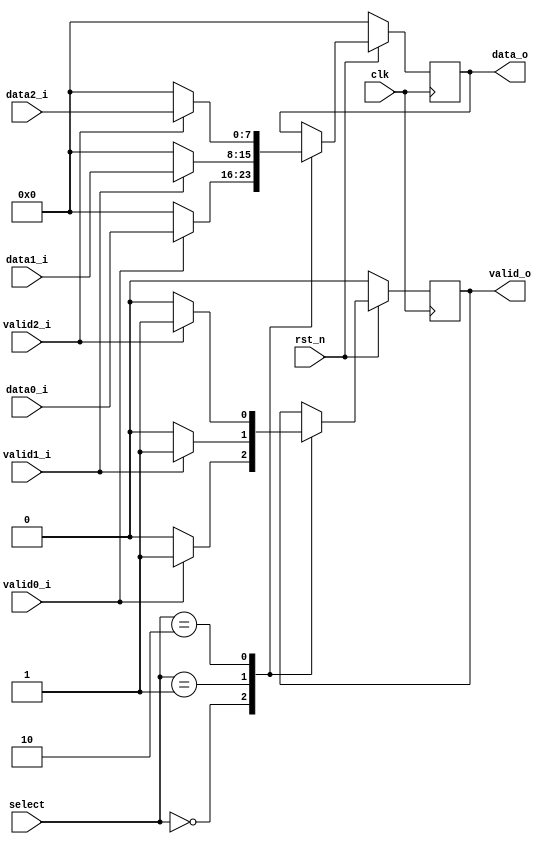
module mux #(
		parameter D_WIDTH = 8
	)(
		// Clock and reset interface
		input clk,
		input rst_n,
		
		//Select interface
		input[1:0] select,
		
		// Output interface
		output reg[D_WIDTH - 1 : 0] data_o,
		output reg						 valid_o,
				
		//output interfaces
		input [D_WIDTH - 1 : 0] 	data0_i,
		input   							valid0_i,
		
		input [D_WIDTH - 1 : 0] 	data1_i,
		input   							valid1_i,
		
		input [D_WIDTH - 1 : 0] 	data2_i,
		input     						valid2_i
    );


always@( posedge clk) begin

	if(!rst_n) begin
		data_o <= 0;
		valid_o <= 0;
	end else if (rst_n) begin
		case (select)
			2'b00: begin
				if (valid0_i) begin
					data_o <= data0_i;
					valid_o <= 1;
				end else begin
					data_o <= 0;
					valid_o <= 0;
				end 
			end
	
			2'b01: begin
				if (valid1_i) begin
					data_o <= data1_i;
					valid_o <= 1;
				end else begin
					data_o <= 0;
					valid_o <= 0;
				end
			end
			
			2'b10: begin
				if (valid2_i) begin
					data_o <= data2_i;
					valid_o <= 1;
				end else begin
					data_o <= 0;
					valid_o <= 0;
				end
			end

		endcase
	end


end


endmodule